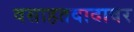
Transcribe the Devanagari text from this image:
वसाहतवादावर